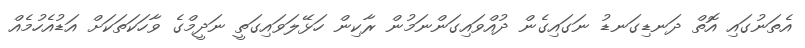
އެތަނުގައި އޮތް ދަނޑިގަނޑު ނަގައިގެން ދުއްވައިގަންނަމުން ރާކިން ހަޅޭލަވައިގަތީ ނަދީމްގެ ވާހަކަތަކަށް އަޑުއެހުމެއް